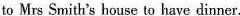
to Mrs Smith's house to have dinner.